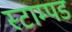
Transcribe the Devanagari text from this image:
स्टाम्पड